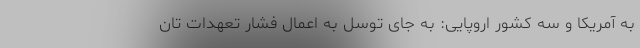
به آمریکا و سه کشور اروپایی: به جای توسل به اعمال فشار تعهدات تان